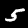
Digit: 5